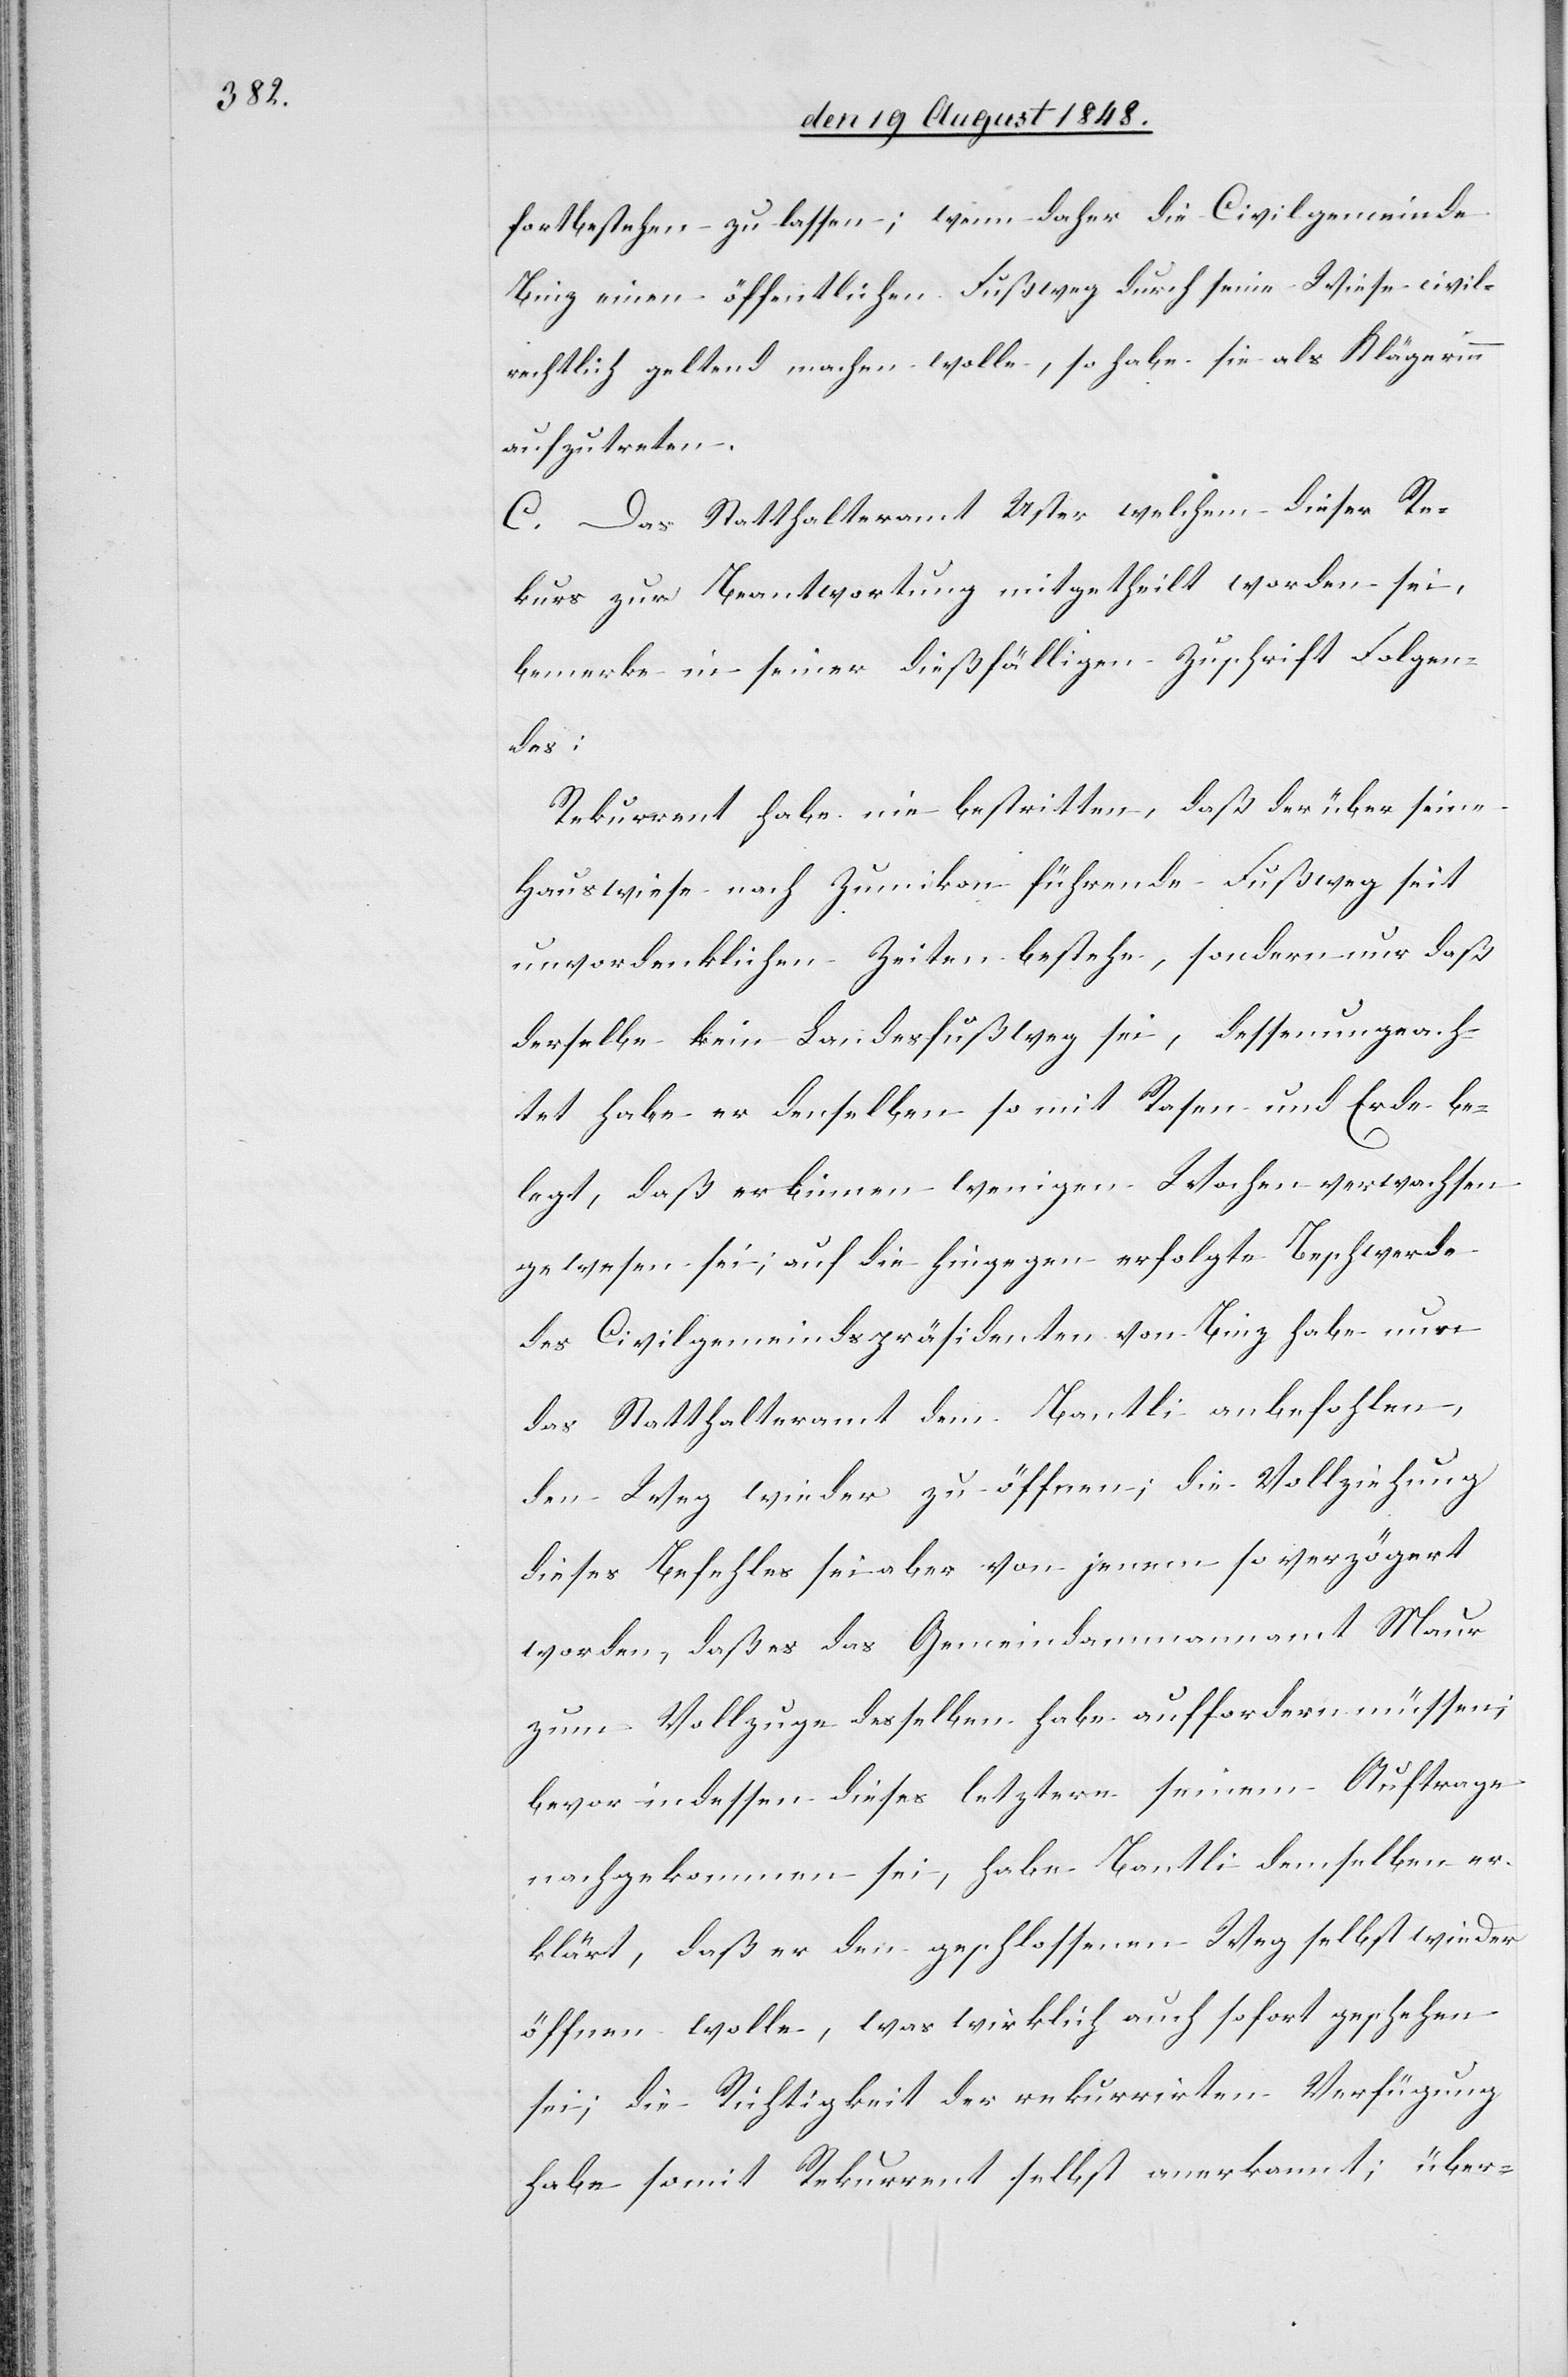
fortbestehen zu lassen; wenn daher die Civilgemeinde
Binz einen öffentlichen Fußweg durch seine Wiese civil¬
rechtlich geltend machen wolle, so habe sie als Klägerinn
aufzutreten.
C. Das Statthalteramt Uster welchem dieser Re¬
kurs zur Beantwortung mitgetheilt worden sei,
bemerke in seiner dießfälligen Zuschrift Folgen¬
des:
Rekurrent habe nie bestritten, daß der über seine
Hausweise nach Zumikon führende Fußweg seit
unvordenklichen Zeiten bestehe, sondern nur daß
derselbe kein Landesfußweg sei, dessen ungeach¬
tet habe er denselben so mit Rasen und Erde be¬
legt, daß er binnen wenigen Wochen verwachsen
gewesen sei, auf die hingegen erfolgte Beschwerde
des Civilgemeindspräsidenten von Binz habe nun
das Statthalteramt dem Bantli anbefohlen,
den Weg wider zu öffnen; die Vollziehung
dieses Befehles sei aber von jenem so verzögert
worden, daß es das Gemeindammannamt Maur
zum Vollzuge desselben habe auffordern müssen;
bevor indessen dieses letztere seinem Auftrage
nachgekommen sei, habe Bantli demselben er¬
klärt, daß er den geschlossenen Weg selbst wieder
öffnen wolle, was wirklich auch sofort geschehen
sei; die Richtigkeit des rekurrirten Verfügen
habe somit Rekurrent selbst anerkannt; über-